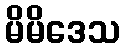
မိမိဒေသ